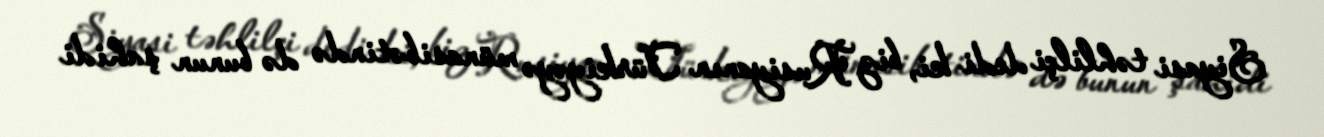
Siyasi təhlilçi dedi ki, biz Rusiyanın Türkiyəyə münasibətində də bunun şahidi